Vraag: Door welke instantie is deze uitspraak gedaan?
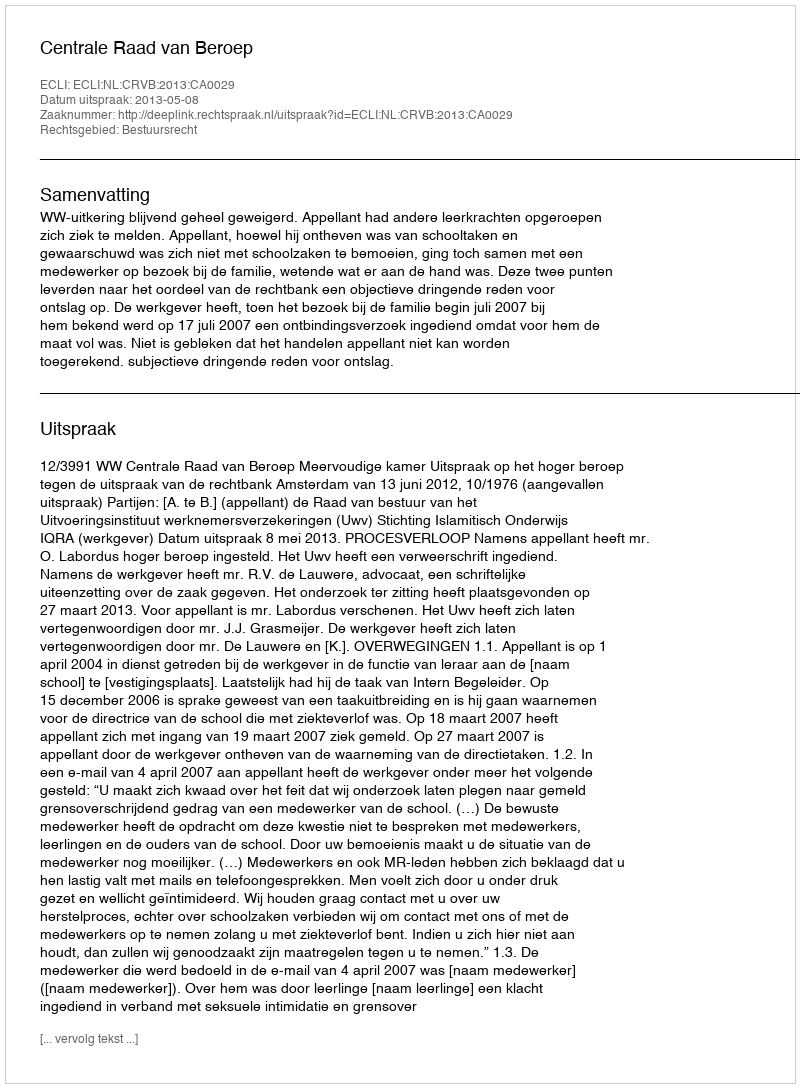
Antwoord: Centrale Raad van Beroep